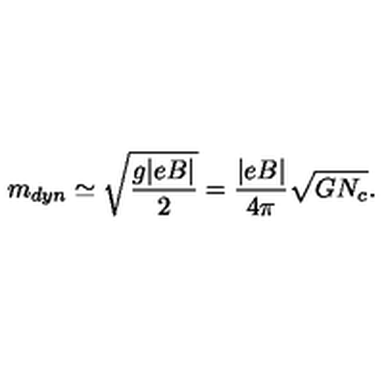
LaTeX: m _ { d y n } \simeq \sqrt { \frac { g | e B | } { 2 } } = \frac { | e B | } { 4 \pi } \sqrt { G N _ { c } } .